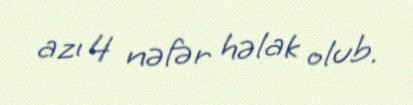
azı 4 nəfər həlak olub.